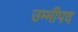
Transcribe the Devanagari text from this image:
उम्मीपद